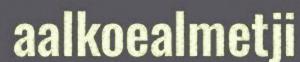
aalkoealmetji